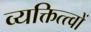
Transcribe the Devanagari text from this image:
व्यक्तित्त्वों